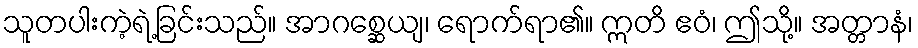
သူတပါးကဲ့ရဲ့ခြင်းသည်။ အာဂစ္ဆေယျ၊ ရောက်ရာ၏။ ဣတိ ဧဝံ၊ ဤသို့။ အတ္တာနံ၊